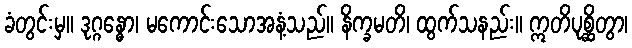
ခံတွင်းမှ။ ဒုဂ္ဂန္ဓော၊ မကောင်းသောအနံ့သည်။ နိက္ခမတိ၊ ထွက်သနည်း။ ဣတိပုစ္ဆိတွာ၊